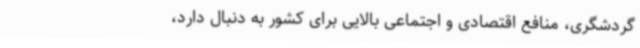
گردشگری، منافع اقتصادی و اجتماعی بالایی برای کشور به دنبال دارد،